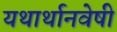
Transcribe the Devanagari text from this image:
यथार्थानवेषी